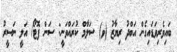
ބައިވެރިވަޑައިގެން އަބްދު ރިޔާޒު (ވ) ސަލާމް ކުރައްވަނީ: ސަން ފޮޓޯ/ އަލީ ނަސީރު